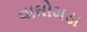
વાઘોમડા